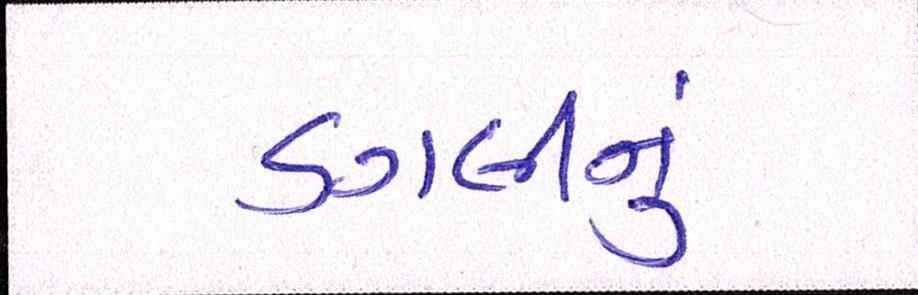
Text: ડગલીનું